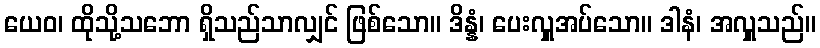
ယေဝ၊ ထိုသို့သဘော ရှိသည်သာလျှင် ဖြစ်သော။ ဒိန္နံ၊ ပေးလှူအပ်သော။ ဒါနံ၊ အလှူသည်။